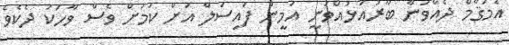
އެމަޤާމް ދެއްވަން ބާރުއަޅުއްވަނީ އަމީން ފައިސަލް އަށް ކަމަށް ވެސް ވާހަކަ ދެކެވެ